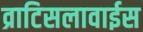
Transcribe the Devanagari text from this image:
व्राटिसलावाईस